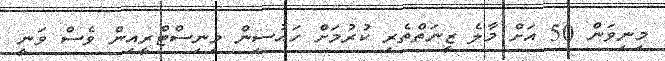
މިނިވަން 50 އަށް މާލެ ޒީނަތްތެރި ކުރުމަށް ހައުސިން މިނިސްޓްރީއިން ވެސް ވަނީ